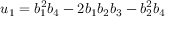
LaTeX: u _ { 1 } = b _ { 1 } ^ { 2 } b _ { 4 } - 2 b _ { 1 } b _ { 2 } b _ { 3 } - b _ { 2 } ^ { 2 } b _ { 4 }